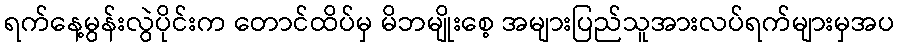
ရက်နေ့မွန်းလွဲပိုင်းက တောင်ထိပ်မှ မိဘမျိုးစေ့ အများပြည်သူအားလပ်ရက်များမှအပ